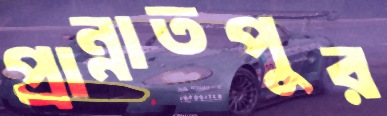
প্রান্নাতপুর